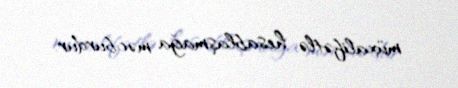
müxalifətlə hesablaşmağa məcburdur.